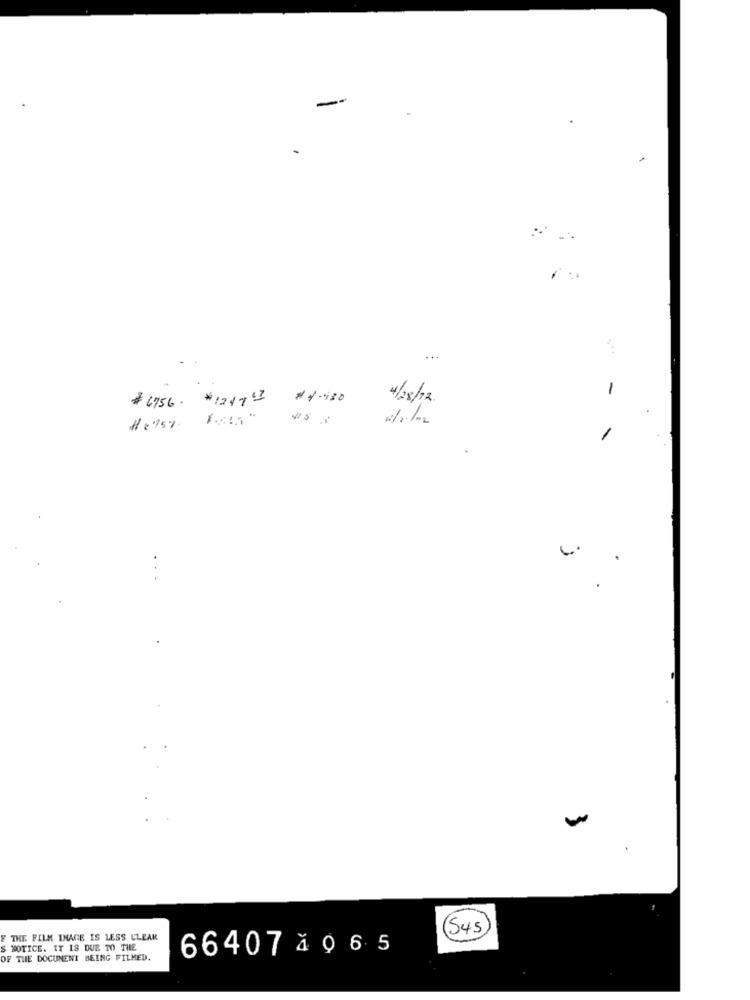
-
$ 6756. #124763 #4-980
4/28/12
545
THE FILM INAGE IS LESS CLEAR
S NOTICE. IT IS DUE TO THE
66407 4 9 6 5
OF THE DOCUMENT BEING FILMED.